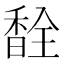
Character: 𫗽